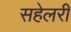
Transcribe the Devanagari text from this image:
सहेलरी